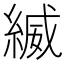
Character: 縅